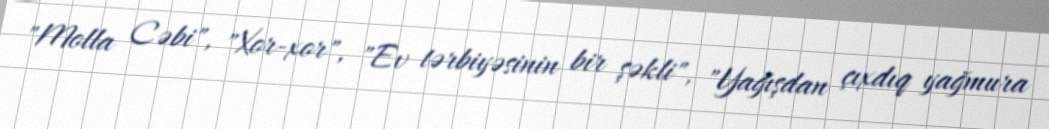
"Molla Cəbi", "Xor-xor", "Ev tərbiyəsinin bir şəkli", "Yağışdan çıxdıq yağmura